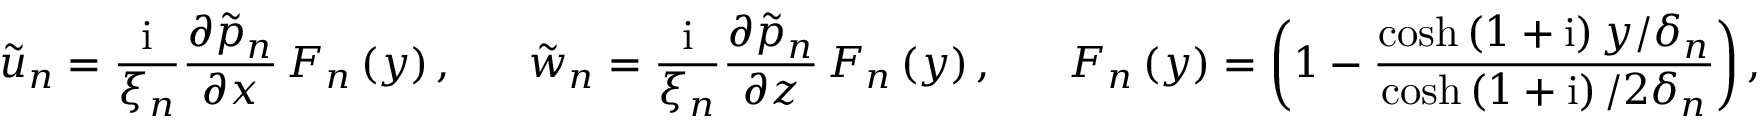
\tilde { u } _ { n } = \frac { \mathrm { i } } { \xi _ { n } } \frac { \partial \tilde { p } _ { n } } { \partial x } \, F _ { n } \left( y \right) , \ \ \ \ \ \tilde { w } _ { n } = \frac { \mathrm { i } } { \xi _ { n } } \frac { \partial \tilde { p } _ { n } } { \partial z } \, F _ { n } \left( y \right) , \ \ \ \ \ F _ { n } \left( y \right) = \left( 1 - \frac { \cosh { \left( 1 + \mathrm { i } \right) y / \delta _ { n } } } { \cosh { \left( 1 + \mathrm { i } \right) / 2 \delta _ { n } } } \right) ,